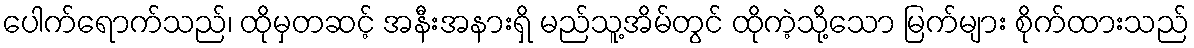
ပေါက်ရောက်သည်၊ ထိုမှတဆင့် အနီးအနားရှိ မည်သူ့အိမ်တွင် ထိုကဲ့သို့သော မြက်များ စိုက်ထားသည်